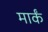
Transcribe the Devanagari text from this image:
मार्कं